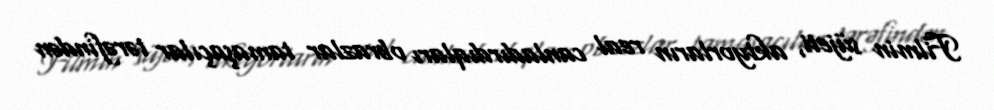
Filmin süjeti, aktyorların real canladırdıqları obrazlar tamaşaçılar tərəfindən